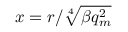
x = r / \sqrt [ 4 ] { \beta q _ { m } ^ { 2 } }